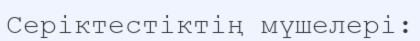
Серіктестіктің мүшелері: